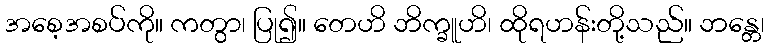
အစေ့အစပ်ကို။ ကတွာ၊ ပြု၍။ တေဟိ ဘိက္ခူဟိ၊ ထိုရဟန်းတို့သည်။ ဘန္တေ၊